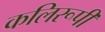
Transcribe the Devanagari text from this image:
कलिरूपी